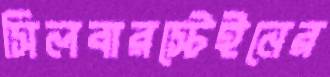
সিলবারস্টেইনের